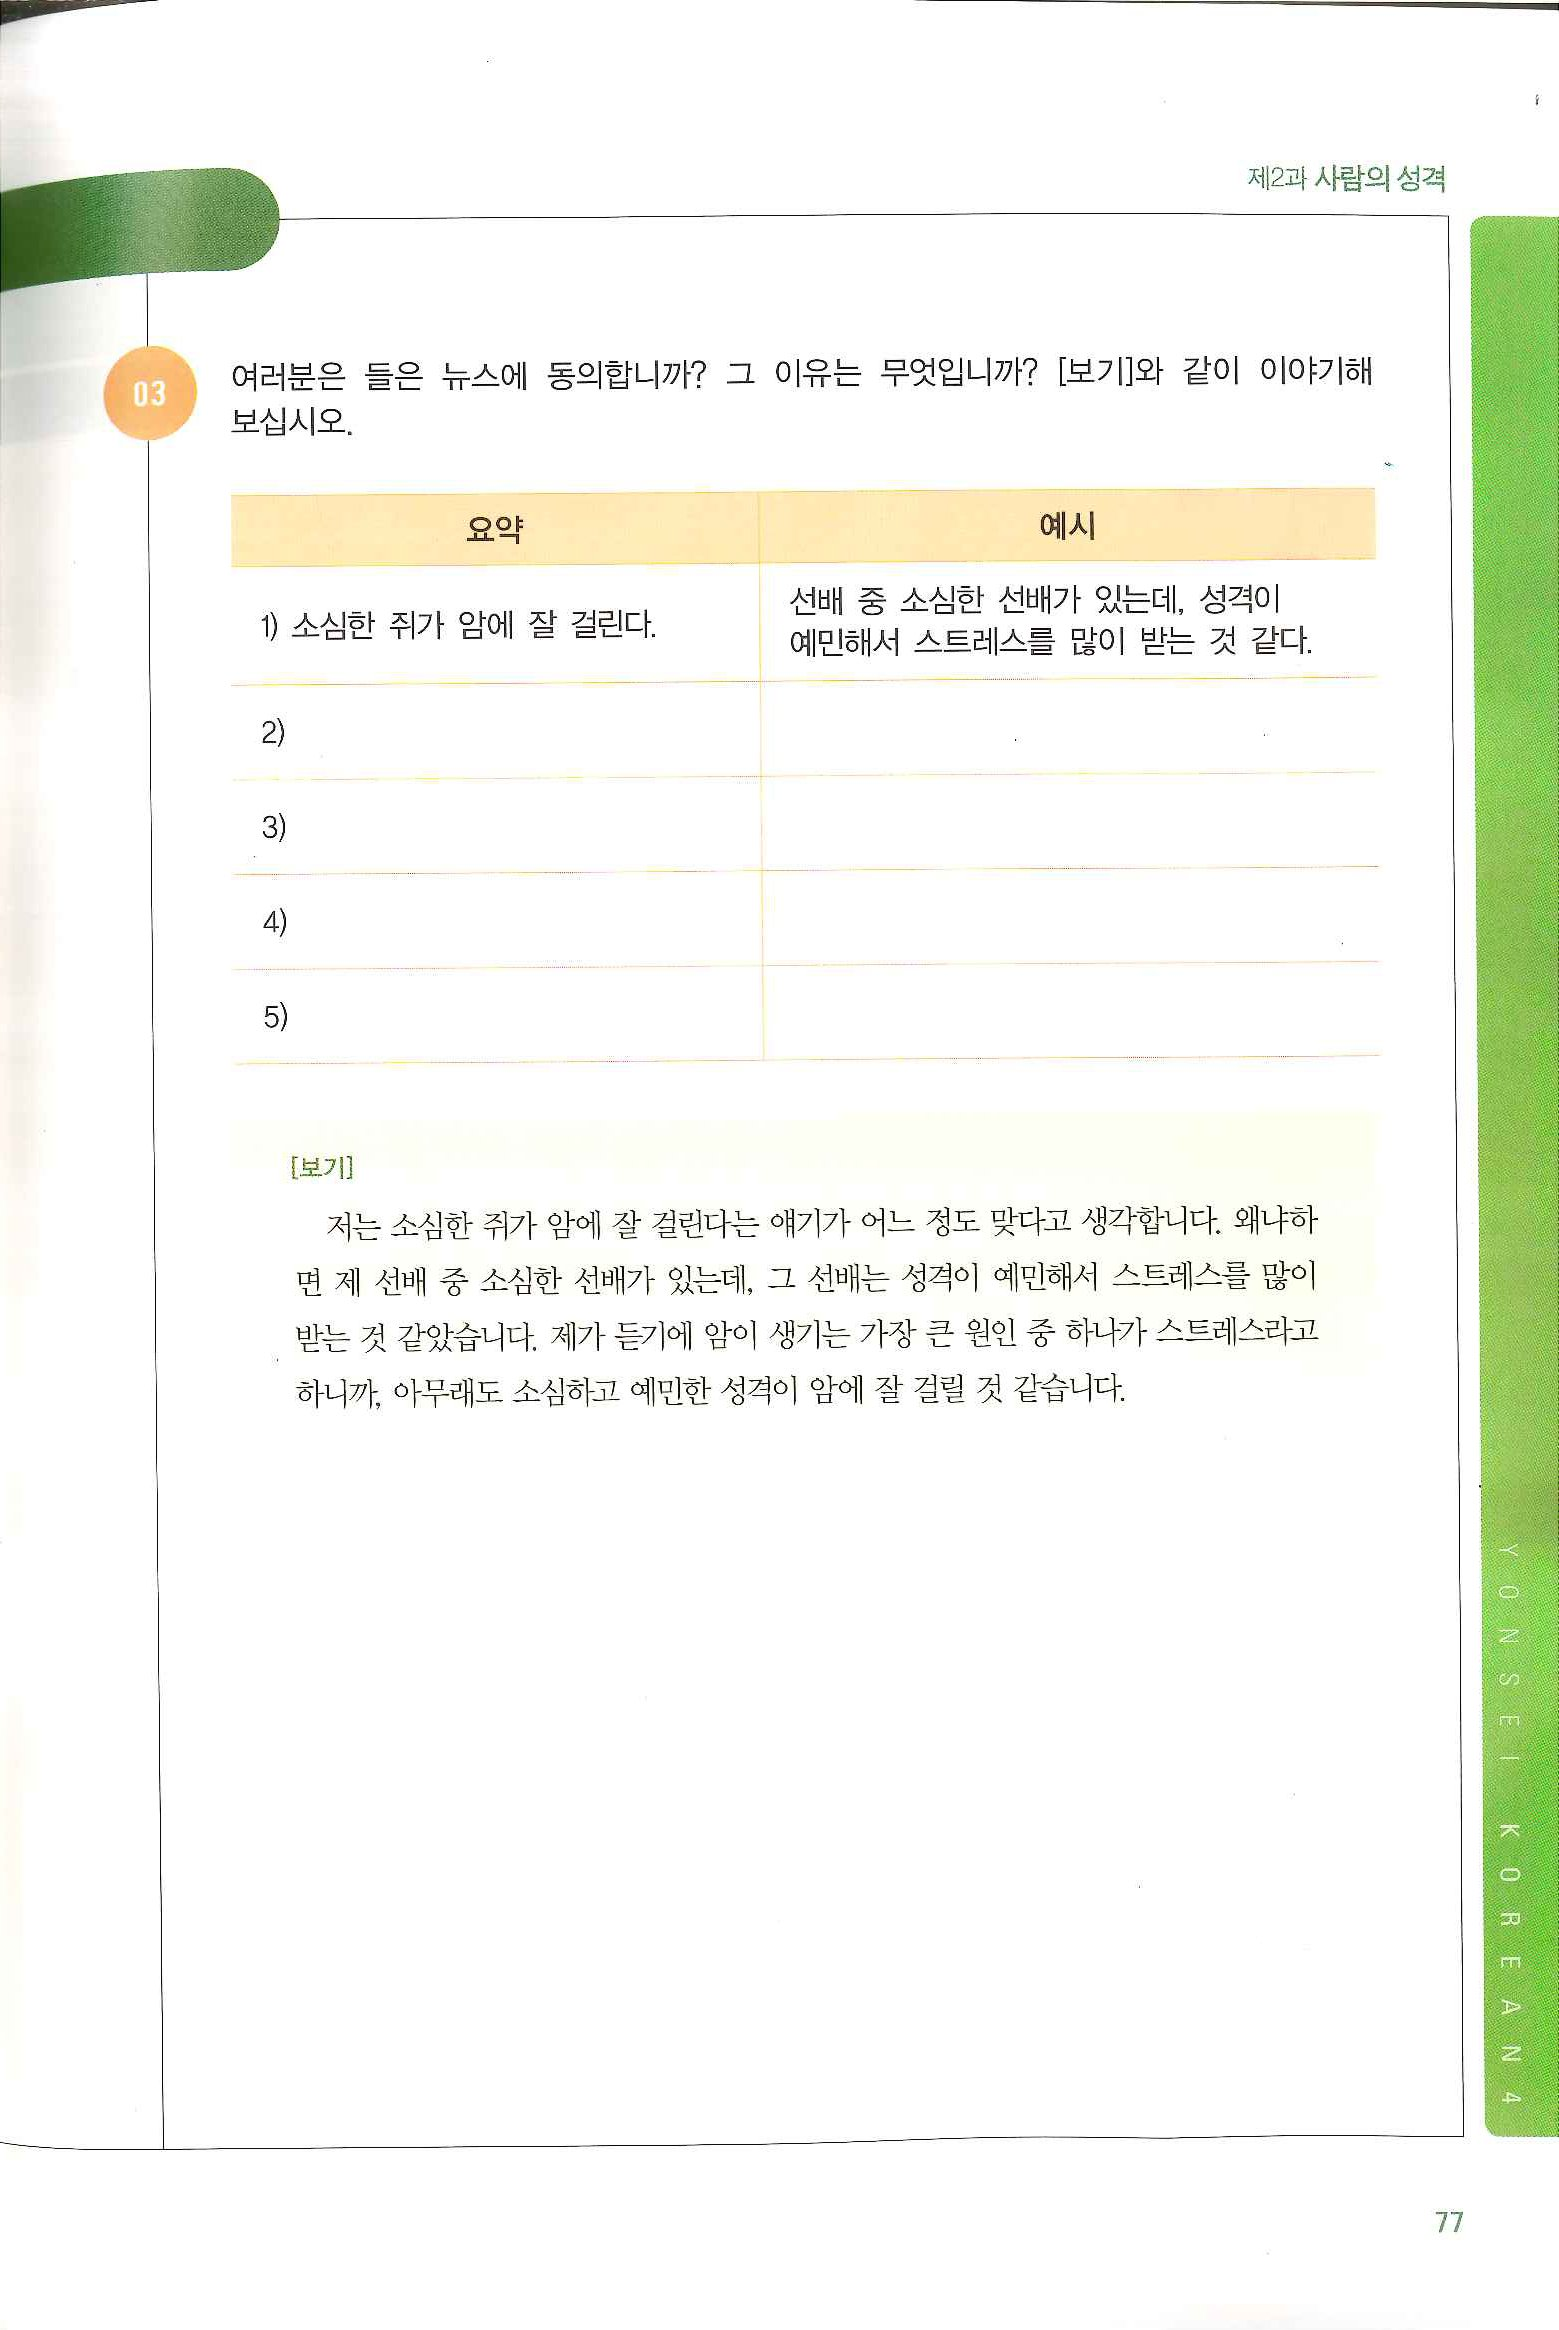
Language: ko